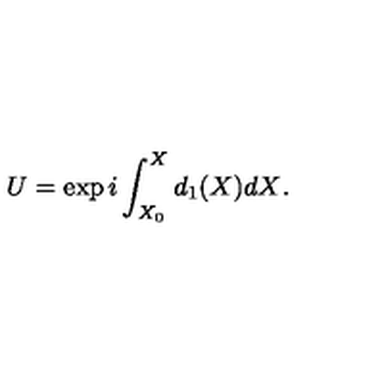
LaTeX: U = \exp { i \int _ { X _ { 0 } } ^ { X } d _ { 1 } ( X ) d X } .